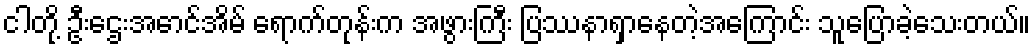
ငါတို့ ဦးဌေးအောင်အိမ် ရောက်တုန်းက အဖွားကြီး ပြဿနာရှာနေတဲ့အကြောင်း သူပြောခဲ့သေးတယ်။